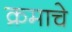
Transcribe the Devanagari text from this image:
क्रमाचे